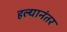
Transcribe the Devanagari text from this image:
हल्यानंतर